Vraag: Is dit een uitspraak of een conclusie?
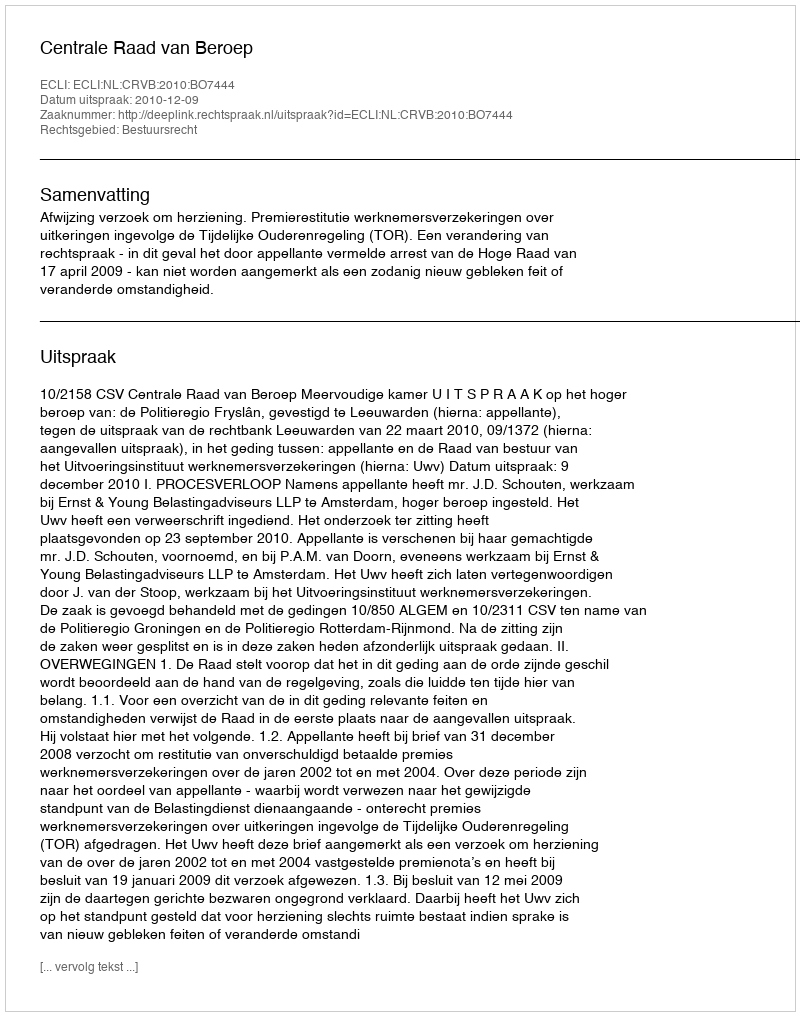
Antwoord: Uitspraak